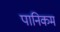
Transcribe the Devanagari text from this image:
पानिकम